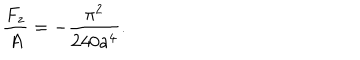
LaTeX: \frac { F _ { z } } { A } = - \frac { \pi ^ { 2 } } { 2 4 0 a ^ { 4 } } .